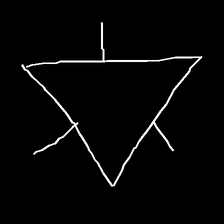
Glyph: fire